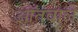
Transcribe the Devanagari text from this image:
आँतवाले